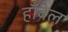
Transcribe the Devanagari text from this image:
हाँवेल